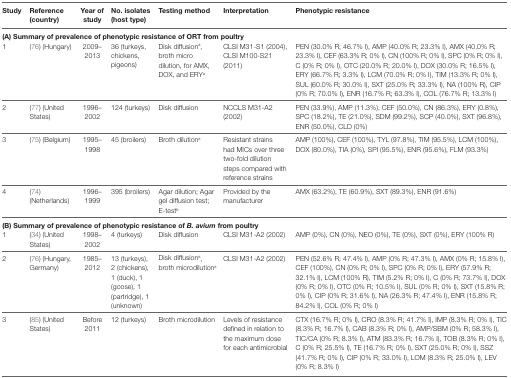
<table><thead><tr><td><b>Study</b></td><td><b>Reference (country)</b></td><td><b>Year of study</b></td><td><b>No. isolates (host type)</b></td><td><b>Testing method</b></td><td><b>Interpretation</b></td><td><b>Phenotypic resistance</b></td></tr></thead><tbody><tr><td colspan="7"><b>(A) Summary of prevalence of phenotypic resistance of ORT from poultry</b></td></tr><tr><td>1</td><td>(76) (Hungary)</td><td>2009–2013</td><td>36 (turkeys, chickens, pigeons)</td><td>Disk diffusion<sup>a</sup>, broth micro dilution, for AMX, DOX, and ERY<sup>a</sup></td><td>CLSI M31-S1 (2004), CLSI M100-S21 (2011)</td><td>PEN (30.0% R; 46.7% I), AMP (40.0% R; 23.3% I), AMX (40.0% R; 23.3% I), CEF (63.3% R; 0% I), CN (100% R; 0% I), SPC (0% R; 0% I), C (0% R; 0% I), OTC (20.0% R; 20.0% I), DOX (30.0% R; 16.5% I), ERY (66.7% R; 3.3% I), LCM (70.0% R; 0% I), TIM (13.3% R; 0% I), SUL (60.0% R; 30.0% I), SXT (25.0% R; 33.3% I), NA (100% R), CIP (0% R; 70.0% I), ENR (16.7% R; 63.3% I), COL (76.7% R; 13.3% I)</td></tr><tr><td>2</td><td>(77) (United States)</td><td>1996–2002</td><td>124 (turkeys)</td><td>Disk diffusion</td><td>NCCLS M31-A2 (2002)</td><td>PEN (33.9%), AMP (11.3%), CEF (50.0%), CN (86.3%), ERY (0.8%), SPC (18.2%), TE (21.0%), SDM (99.2%), SCP (40.0%), SXT (96.8%), ENR (50.0%), CLD (0%)</td></tr><tr><td>3</td><td>(75) (Belgium)</td><td>1995–1998</td><td>45 (broilers)</td><td>Broth dilution<sup>a</sup></td><td>Resistant strains had MICs over three two-fold dilution steps compared with reference strains</td><td>AMP (100%), CEF (100%), TYL (97.8%), TIM (95.5%), LCM (100%), DOX (80.0%), TIA (0%), SPI (95.5%), ENR (95.6%), FLM (93.3%)</td></tr><tr><td>4</td><td>(74) (Netherlands)</td><td>1996–1999</td><td>395 (broilers)</td><td>Agar dilution; Agar gel diffusion test; E-test<sup>b</sup></td><td>Provided by the manufacturer</td><td>AMX (63.2%), TE (60.9%), SXT (89.3%), ENR (91.6%)</td></tr><tr><td colspan="7"><b>(B) Summary of prevalence of phenotypic resistance of <b><i>B. avium</i></b> from poultry</b></td></tr><tr><td>1</td><td>(34) (United States)</td><td>1998–2002</td><td>4 (turkeys)</td><td>Disk diffusion</td><td>CLSI M31-A2 (2002)</td><td>AMP (0%), CN (0%), NEO (0%), TE (0%), SXT (0%), ERY (100% R)</td></tr><tr><td>2</td><td>(76) (Hungary, Germany)</td><td>1985–2012</td><td>13 (turkeys), 2 (chickens), 1 (duck), 1 (goose), 1 (partridge), 1 (unknown)</td><td>Disk diffusion<sup>a</sup>, broth microdilution<sup>a</sup></td><td>CLSI M31-A2 (2002)</td><td>PEN (52.6% R; 47.4% I), AMP (0% R; 47.3% I), AMX (0% R; 15.8% I), CEF (100%), CN (0% R; 0% I), SPC (0% R; 0% I), ERY (57.9% R; 32.1% I), LCM (100% R), TIM (5.2% R; 0% I), C (0% R; 73.7% I), DOX (0% R; 0% I), OTC (0% R; 10.5% I), SUL (0% R; 0% I), SXT (15.8% R; 0% I), CIP (0% R; 31.6% I), NA (26.3% R; 47.4% I), ENR (15.8% R; 84.2% I), COL (0% R; 0% I)</td></tr><tr><td>3</td><td>(85) (United States)</td><td>Before 2011</td><td>12 (turkeys)</td><td>Broth microdilution</td><td>Levels of resistance defined in relation to the maximum dose for each antimicrobial</td><td>CTX (16.7% R; 0% I), CRO (8.3% R; 41.7% I), IMP (8.3% R; 0% I), TIC (8.3% R; 16.7% I), CAB (8.3% R; 0% I), AMP/SBM (0% R; 58.3% I), TIC/CA (0% R; 8.3% I), ATM (83.3% R; 16.7% I), TOB (8.3% R; 0% I), C (0% R; 25.5% I), TE (16.7% R; 0% I), SXT (25.0% R; 0% I), SSZ (41.7% R; 0% I), CIP (0% R; 33.0% I), LOM (8.3% R; 25.0% I), LEV (0% R; 8.3% I)</td></tr></tbody></table>